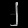
Digit: ၂